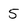
Character: 5